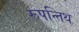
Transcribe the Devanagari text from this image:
रूपन्तिथ